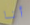
أنا